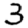
Digit: 3